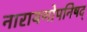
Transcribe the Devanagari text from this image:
नारायणोपनिषद्